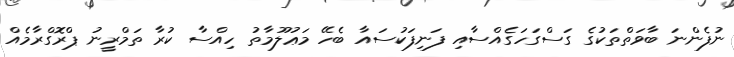
ނުފެންނަ ބާވަތްތަކުގެ ގަސްގަހަގެއްސާއި ފަނިފަކުސައާ ބެހޭ މަޢުލޫމާތު ހިއްސާ ކުރާ ތަމްރީނު ޕްރޮގްރާމެއް